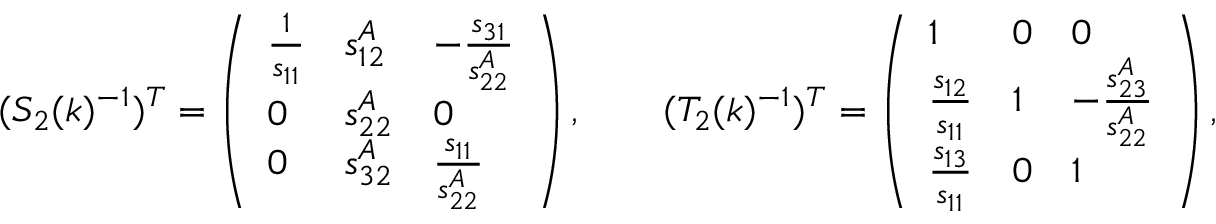
\begin{array} { r } { ( S _ { 2 } ( k ) ^ { - 1 } ) ^ { T } = \left( \begin{array} { l l l } { \frac { 1 } { s _ { 1 1 } } } & { s _ { 1 2 } ^ { A } } & { - \frac { s _ { 3 1 } } { s _ { 2 2 } ^ { A } } } \\ { 0 } & { s _ { 2 2 } ^ { A } } & { 0 } \\ { 0 } & { s _ { 3 2 } ^ { A } } & { \frac { s _ { 1 1 } } { s _ { 2 2 } ^ { A } } } \end{array} \right) , \qquad ( T _ { 2 } ( k ) ^ { - 1 } ) ^ { T } = \left( \begin{array} { l l l } { 1 } & { 0 } & { 0 } \\ { \frac { s _ { 1 2 } } { s _ { 1 1 } } } & { 1 } & { - \frac { s _ { 2 3 } ^ { A } } { s _ { 2 2 } ^ { A } } } \\ { \frac { s _ { 1 3 } } { s _ { 1 1 } } } & { 0 } & { 1 } \end{array} \right) , } \end{array}